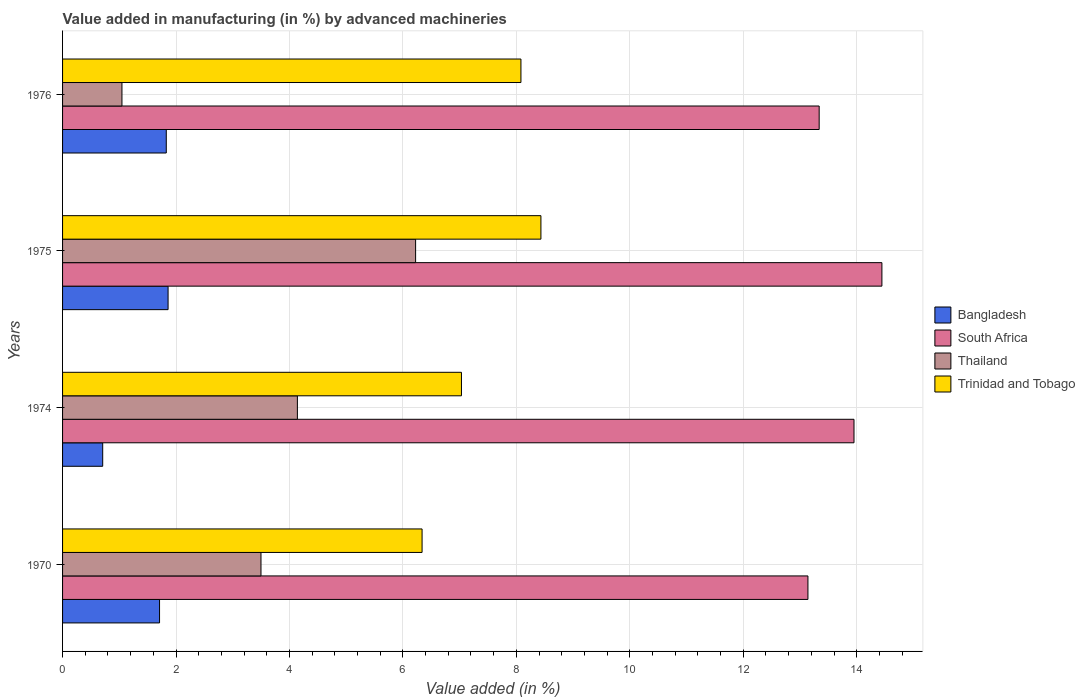
| Years | Bangladesh | South Africa | Thailand | Trinidad and Tobago |
 | --- | --- | --- | --- | --- |
 | 1970 | 1.71 | 13.1 | 3.5 | 6.34 |
 | 1974 | 0.708 | 14 | 4.14 | 7.03 |
 | 1975 | 1.86 | 14.4 | 6.22 | 8.43 |
 | 1976 | 1.83 | 13.3 | 1.05 | 8.08 |